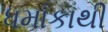
ધમાકાથી